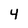
Character: 4